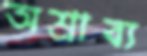
অশ্রাব্য